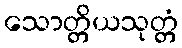
သောတ္တိယသုတ္တံ